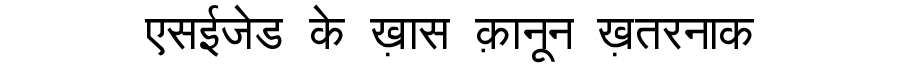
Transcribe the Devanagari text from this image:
एसईजेड के ख़ास क़ानून ख़तरनाक